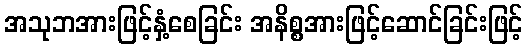
အသုဘအားဖြင့်နှံ့စေခြင်း အနိစ္စအားဖြင့်ဆောင်ခြင်းဖြင့်